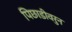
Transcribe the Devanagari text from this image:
पिछाडीवरुन